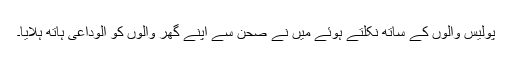
پولیس والوں کے ساتھ نکلتے ہوئے میں نے صحن سے اپنے گھر والوں کو الوداعی ہاتھ ہلایا۔